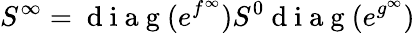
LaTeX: S^{\infty}=\mathrm{~d~i~a~g~}(e^{f^{\infty}})S^{0}\mathrm{~d~i~a~g~}(e^{g^{\infty}})